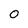
Character: 0